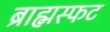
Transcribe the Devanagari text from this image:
ब्राह्मस्फट